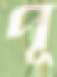
পূ